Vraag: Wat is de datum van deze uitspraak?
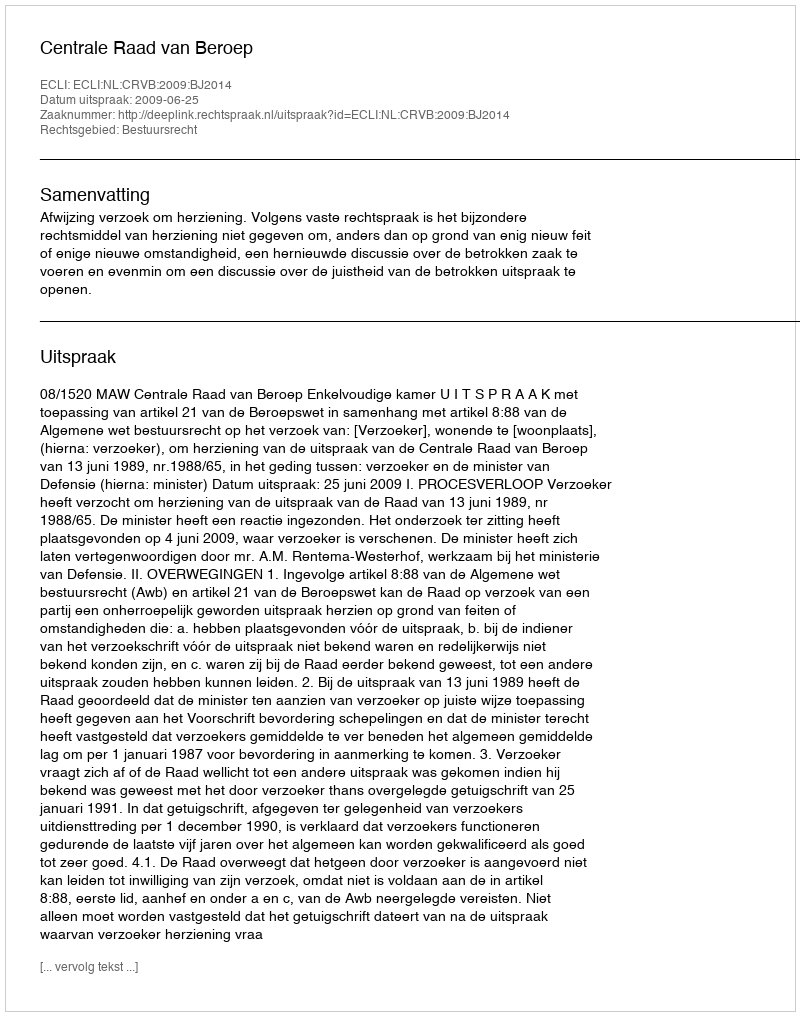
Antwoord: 2009-06-25